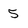
Character: 5